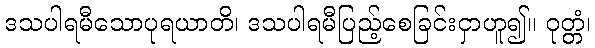
ဒသပါရမီသောပုရယာတိ၊ ဒသပါရမီပြည့်စေခြင်းငှာဟူ၍။ ဝုတ္တံ၊